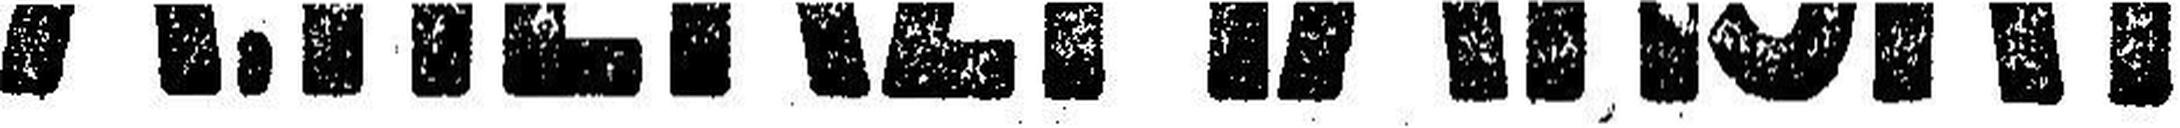
A. HERZMANSKY